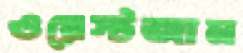
ওয়েস্টজান